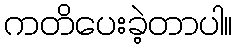
ကတိပေးခဲ့တာပါ။